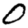
Digit: 0